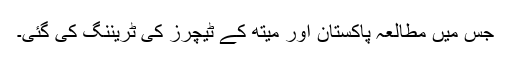
جس میں مطالعہ پاکستان اور میتھ کے ٹیچرز کی ٹریننگ کی گئی۔